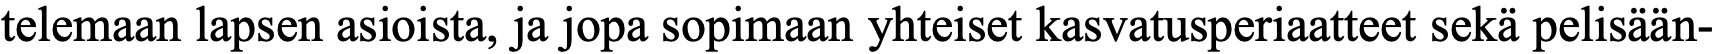
telemaan lapsen asioista, ja jopa sopimaan yhteiset kasvatusperiaatteet sekä pelisään-